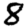
Digit: 8